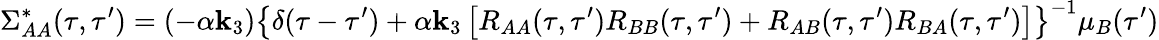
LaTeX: \Sigma_{AA}^{*}(\tau,\tau^{\prime})=(-\alpha\mathbf{k}_{3})\left\{ \delta(\tau-\tau^{\prime})+\alpha\mathbf{k}_{3}\left[R_{AA}(\tau,\tau^{\prime})R_{BB}(\tau,\tau^{\prime})+R_{AB}(\tau,\tau^{\prime})R_{BA}(\tau,\tau^{\prime})\right]\right\} ^{-1}\mu_{B}(\tau^{\prime})